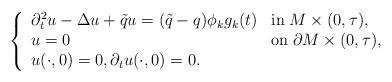
LaTeX: \begin{align*}\left\{\begin{array}{lll} \partial _t^2 u - \Delta u + \tilde{q}u = (\tilde{q}-q)\phi_k g_k(t) &\mbox{in}\; M \times (0,\tau), \\u = 0 &\mbox{on}\; \partial M \times (0,\tau), \\u(\cdot ,0) = 0,\partial_t u (\cdot ,0) = 0.\end{array}\right.\end{align*}